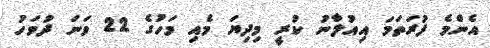
އެންމެ ފުރަތަމަ އިއުލާނު ކުރީ މިދިޔަ މެއި މަހުގެ 22 ވަނަ ދުވަހު